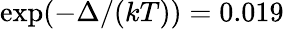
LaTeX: \exp(-\Delta/(kT))=0.019